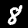
Digit: 8